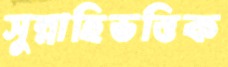
সুন্নাহিভত্তিক